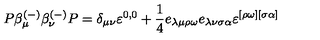
P \beta _ { \mu } ^ { ( - ) } \beta _ { \nu } ^ { ( - ) } P = \delta _ { \mu \nu } \varepsilon ^ { 0 , 0 } + \frac 1 4 e _ { \lambda \mu \rho \omega } e _ { \lambda \nu \sigma \alpha } \varepsilon ^ { [ \rho \omega ] [ \sigma \alpha ] }